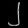
Digit: ၂